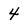
Character: 4